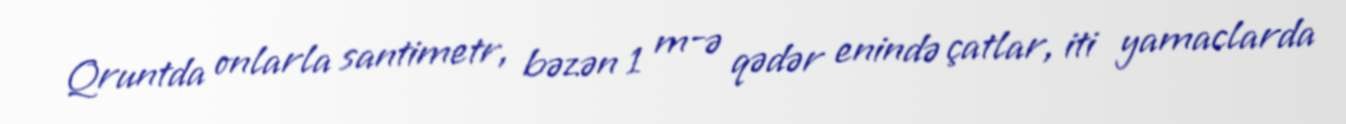
Qruntda onlarla santimetr, bəzən 1 m-ə qədər enində çatlar, iti yamaclarda